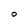
Character: O